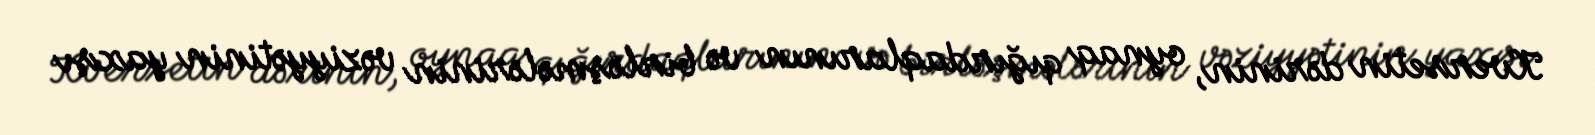
Kversetin dərinin, oynaq qığırdaqlarının və birləşmələrinin vəziyyətinin yaxşı